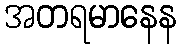
အတရမာနေန